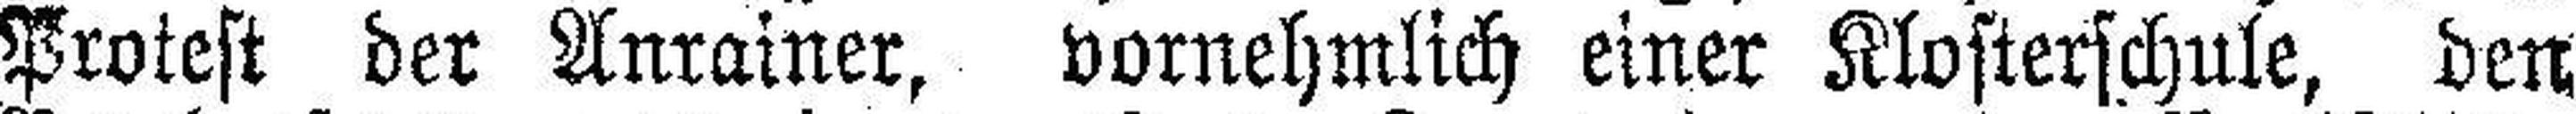
Protest der Anrainer, vornehmlich einer Klosterschule, den